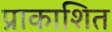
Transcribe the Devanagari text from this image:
प्राकाशित